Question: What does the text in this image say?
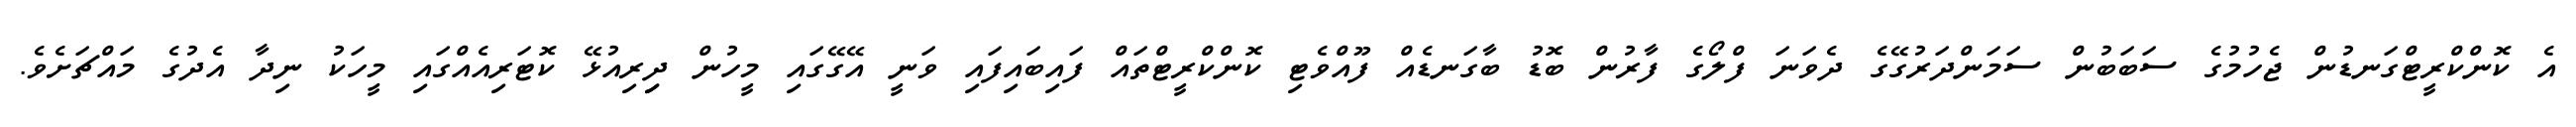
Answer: އެ ކޮންކްރީޓްގަނޑުން ޖެހުމުގެ ސަބަބުން ސަމަންދަރުގޭގެ ދެވަނަ ފްލޯގެ ފާރުން ބޮޑު ބާގަނޑެއް ފޫއްވެޓި ކޮންކްރީޓްތައް ފައިބައިފައި ވަނީ އޭގޭގައި މީހުން ދިިރިއުޅޭ ކޮޓަރިއެއްގައި މީހަކު ނިދާ އެދުގެ މައްޗަށެވެ.